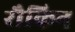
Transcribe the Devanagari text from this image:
रौकिन